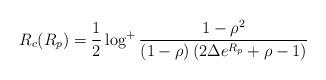
LaTeX: \begin{align*} R_c(R_p) = \frac{1}{2} \log^{+}{\frac{1-\rho^2}{(1-\rho) \left( 2\Delta e^{R_p}+\rho-1 \right)}}\end{align*}